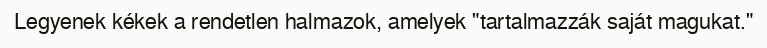
Legyenek kékek a rendetlen halmazok, amelyek "tartalmazzák saját magukat."